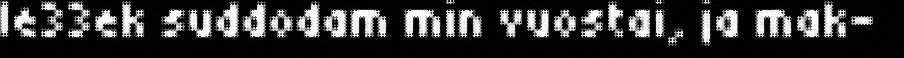
le33ek suddodam min vuostai, ja mak-